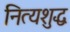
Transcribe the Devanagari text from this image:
नित्यशुद्ध